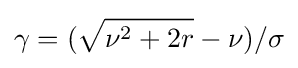
\gamma =({\sqrt {\nu ^{2}+2r}}-\nu )/\sigma